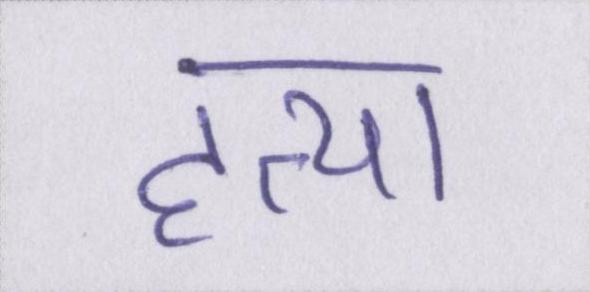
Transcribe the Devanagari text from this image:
हत्या